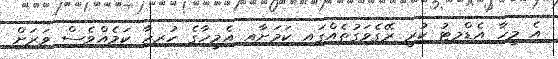
އެ މީހާ އެޑްމިޓު ކުރީ ރޭގެވަގުތެއްގައި ކަމަށާއި އެމީހާގެ ހުރިހާ ކަމެއްވެސް ވަރަށް